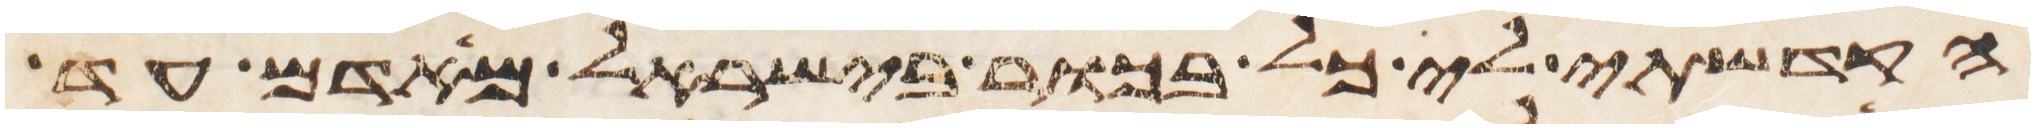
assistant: הקדשתי לי כל בכור בישראל מאדם עד